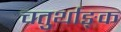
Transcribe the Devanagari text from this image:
चतुर्थाङ्क